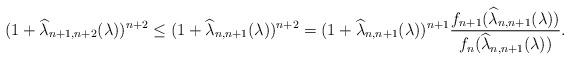
LaTeX: \begin{align*}(1+\widehat{\lambda}_{n+1,n+2}(\lambda))^{n+2}\leq (1+\widehat{\lambda}_{n,n+1}(\lambda))^{n+2}= (1+\widehat{\lambda}_{n,n+1}(\lambda))^{n+1}\frac{f_{n+1}(\widehat{\lambda}_{n,n+1}(\lambda))}{f_{n}(\widehat{\lambda}_{n,n+1}(\lambda))}.\end{align*}